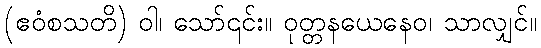
(ဧဝံစသတိ) ဝါ၊ သော်၎င်း။ ဝုတ္တနယေနေဝ၊ သာလျှင်။